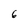
Character: 6